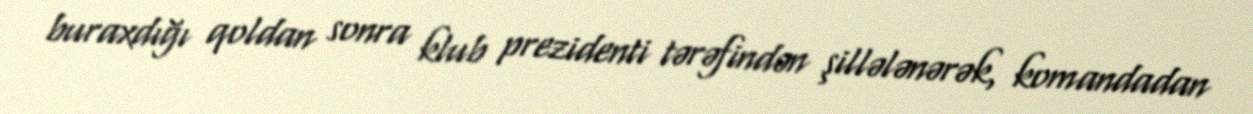
buraxdığı qoldan sonra klub prezidenti tərəfindən şillələnərək, komandadan